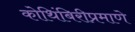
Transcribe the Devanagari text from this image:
कोथिंबिरीप्रमाणे